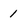
Character: 1